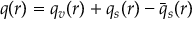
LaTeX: q ( r ) = q _ { v } ( r ) + q _ { s } ( r ) - \bar { q } _ { s } ( r )